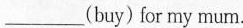
___(buy)for my mum.